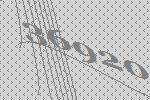
36920